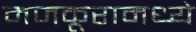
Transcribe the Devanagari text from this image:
मजकूरामध्ये